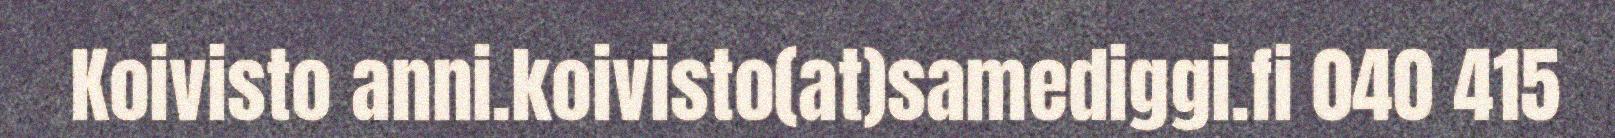
Koivisto anni.koivisto(at)samediggi.fi 040 415